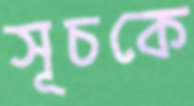
সূচকে